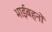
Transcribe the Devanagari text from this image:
भाईबहनों